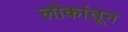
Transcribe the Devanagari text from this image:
लोकांतून